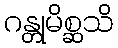
ဂန္တုမိစ္ဆသိ